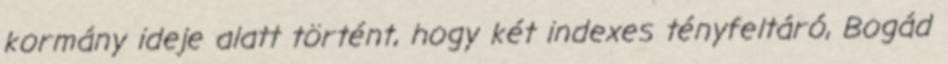
kormány ideje alatt történt, hogy két indexes tényfeltáró, Bogád